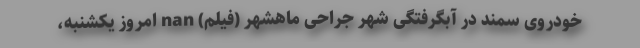
خودروی سمند در آبگرفتگی شهر جراحی ماهشهر (فیلم) nan امروز یکشنبه،